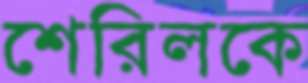
শেরিলকে